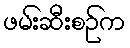
ဖမ်းဆီးစဉ်က